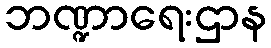
ဘဏ္ဍာရေးဌာန